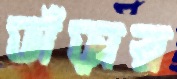
ভাঁড়ার